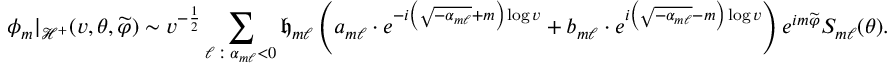
\phi _ { m } | _ { \mathcal { H } ^ { + } } ( v , \theta , \widetilde { \varphi } ) \sim v ^ { - \frac { 1 } { 2 } } \sum _ { \ell \: : \: \alpha _ { m \ell } < 0 } \mathfrak { h } _ { m \ell } \left( a _ { m \ell } \cdot e ^ { - i \left( \sqrt { - \alpha _ { m \ell } } + m \right) \log v } + b _ { m \ell } \cdot e ^ { i \left( \sqrt { - \alpha _ { m \ell } } - m \right) \log v } \right) e ^ { i m \widetilde { \varphi } } S _ { m \ell } ( \theta ) .